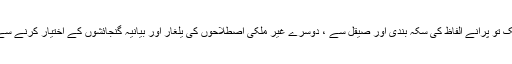
ایک تو پرانے الفاظ کی سکہ بندی اور صیقل سے ، دوسرے غیر ملکی اصطلاحوں کی یلغار اور بیانیہ گنجائشوں کے اختیار کرنے سے۔